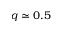
q \simeq 0 . 5